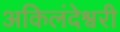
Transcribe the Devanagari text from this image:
अकिलंदेश्वरी